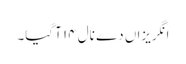
انگریزاں دے نال ١٤ آ گیا۔